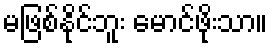
မဖြစ်နိုင်ဘူး မောင်ဖိုးသာ။